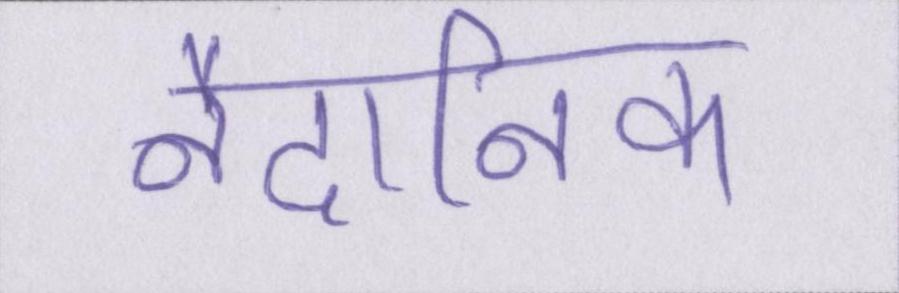
नैदानिक